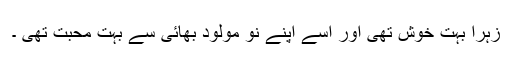
زہرا بہت خوش تھی اور اسے اپنے نو مولود بھائی سے بہت محبت تھی ۔